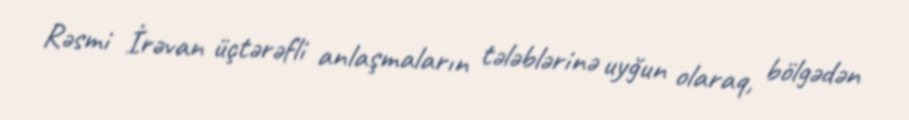
Rəsmi İrəvan üçtərəfli anlaşmaların tələblərinə uyğun olaraq, bölgədən